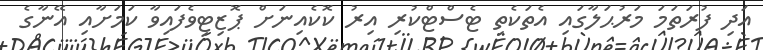
އަދި ފުރަތަމަ މަރުޙަލާގައި އެތަކެތި ޓެސްޓްކުރި އިރު ކޮކެއިނަށް ޕޮޒިޓިވެފައިވާ ކަމަށާއި އޭނާގެ